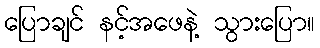
ပြောချင် နင့်အဖေနဲ့ သွားပြော။